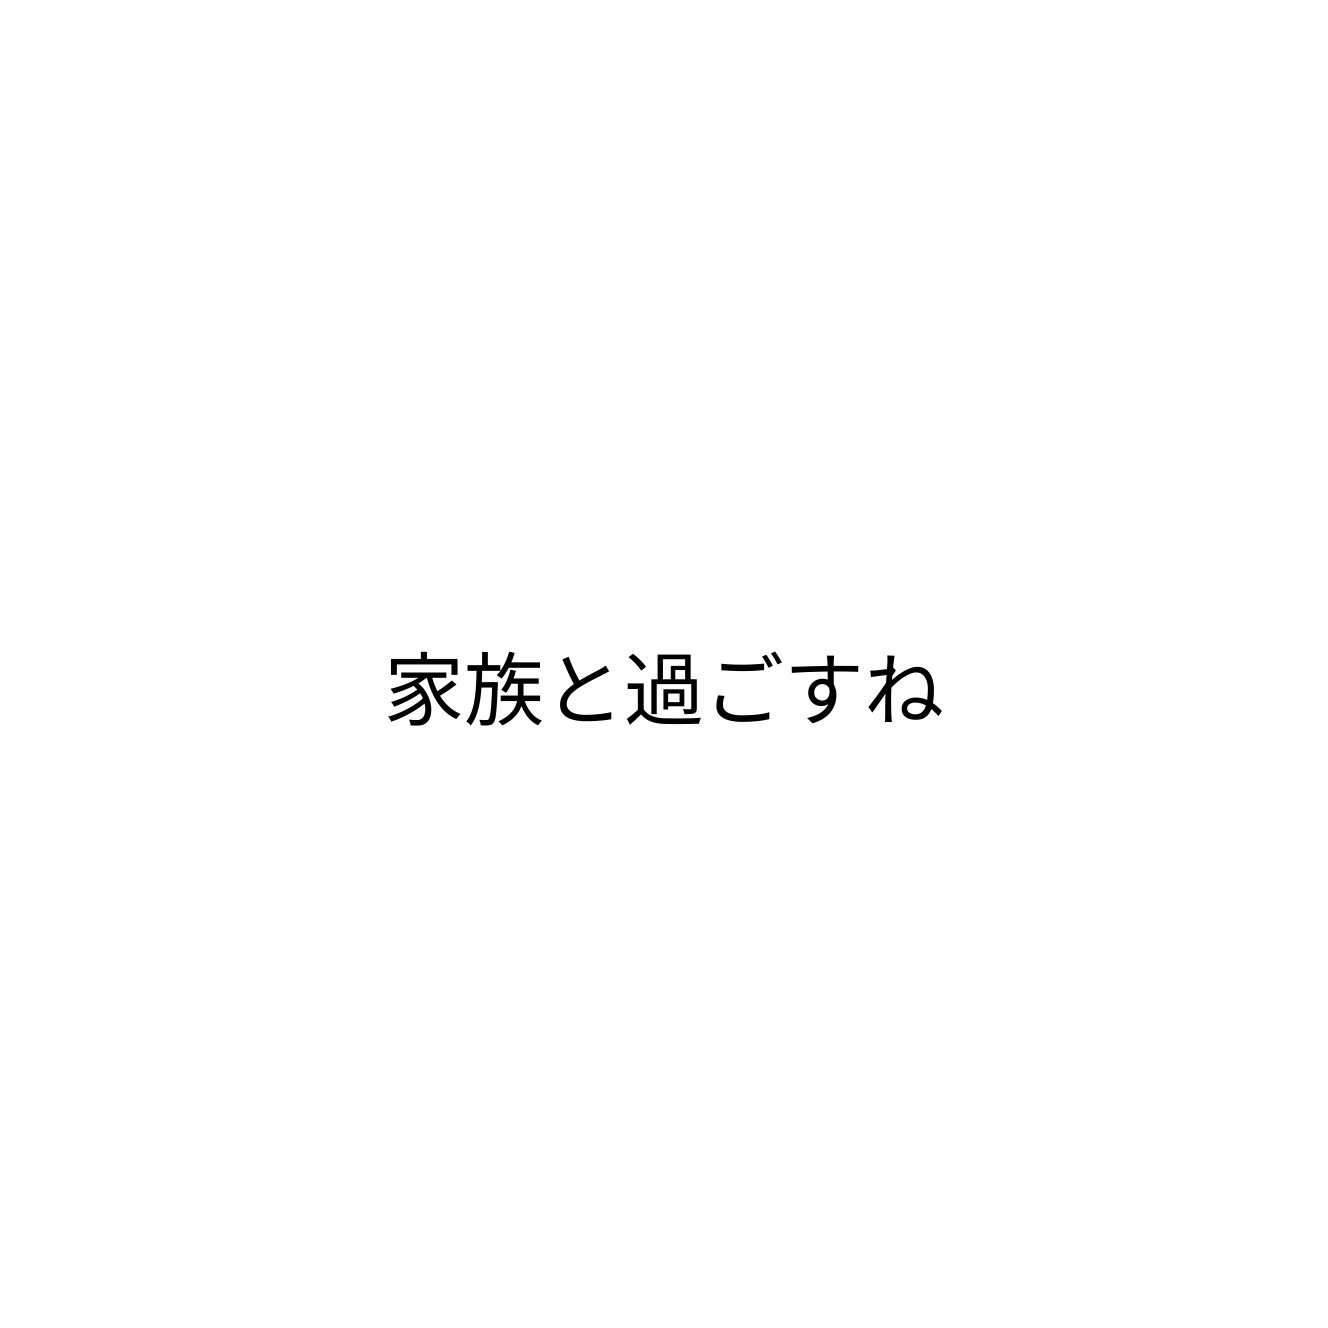
家族と過ごすね